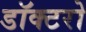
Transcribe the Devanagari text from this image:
डॉक्‍टरो